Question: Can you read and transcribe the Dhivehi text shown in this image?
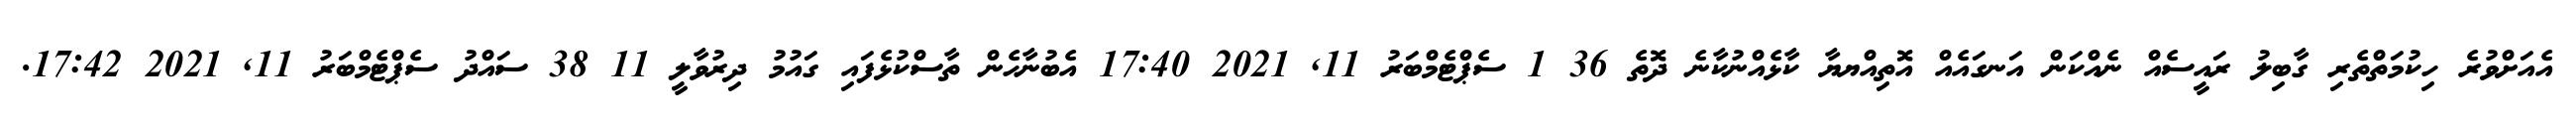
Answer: އެއަށްވުރެ ހިކުމަތްތެރި ގާބިލު ރައީސެއް ނެއްކަން އަނގައެއް އޮތިއްޔޔާ ކާޅެއްނުކާނެ ދޮތެ 36 1 ސެޕްޓެމްބަރު 11, 2021 17:40 އެބުނާހެން ތާސްކުޅެފައި ގައުމު ދިރުވާލީ 11 38 ސައްދު ސެޕްޓެމްބަރު 11, 2021 17:42.